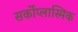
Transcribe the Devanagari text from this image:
सर्कोप्लास्मिक